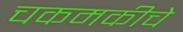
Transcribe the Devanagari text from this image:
चकमकीचे